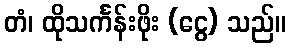
တံ၊ ထိုသင်္ကန်းဖိုး (ငွေ) သည်။